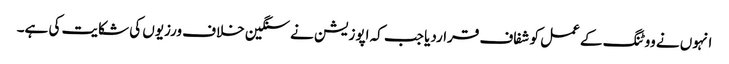
انہوں نے ووٹنگ کے عمل کو شفاف قراردیا جب کہ اپوزیشن نے سنگین خلاف ورزیوں کی شکایت کی ہے۔